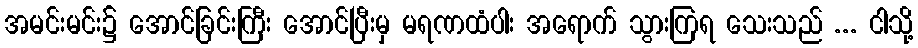
အမင်းမင်း၌ အောင်ခြင်းကြီး အောင်ပြီးမှ မရဏထံပါး အရောက် သွားကြရ သေးသည် ... ငါသို့